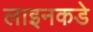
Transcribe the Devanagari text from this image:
लाइनकडे